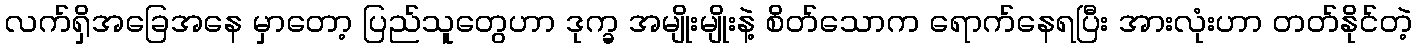
လက်ရှိအခြေအနေ မှာတော့ ပြည်သူတွေဟာ ဒုက္ခ အမျိုးမျိုးနဲ့ စိတ်သောက ရောက်နေရပြီး အားလုံးဟာ တတ်နိုင်တဲ့